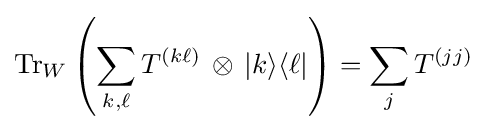
\operatorname {Tr} _{W}\left(\sum _{k,\ell }T^{(k\ell )}\,\otimes \,|k\rangle \langle \ell |\right)=\sum _{j}T^{(jj)}